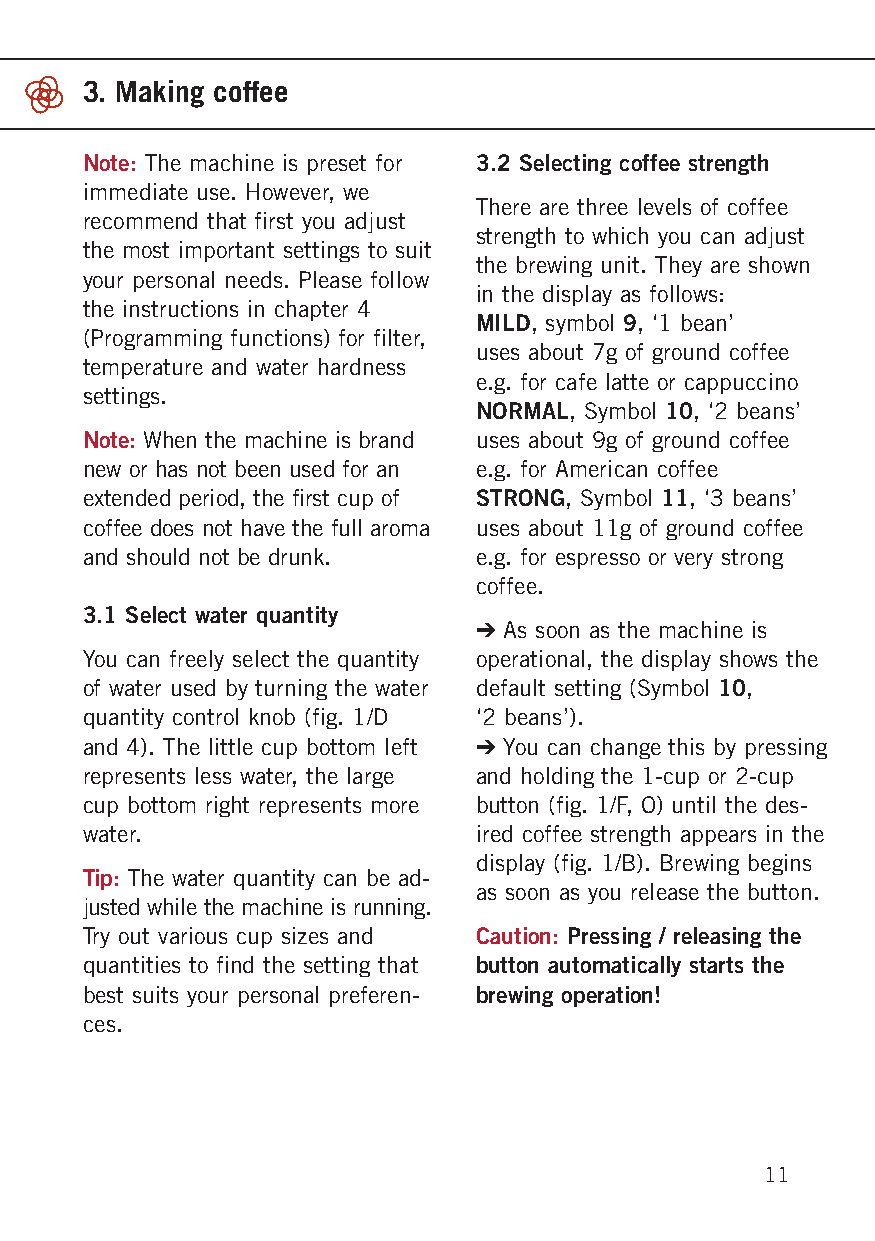
3. Making coffee
 Note: The machine is preset for 3.2 Selecting coffee strength
 immediate use. However, we
 There are three levels of coffee
 recommend that first you adjust
 strength to which you can adjust
 the most important settings to suit
 the brewing unit. They are shown
 your personal needs. Please follow
 in the display as follows:
 the instructions in chapter 4
 MILD, symbol 9, ‘1 bean’
 (Programming functions) for filter,
 uses about 7g of ground coffee
 temperature and water hardness
 e.g. for cafe latte or cappuccino
 settings.
 NORMAL, Symbol 10, ‘2 beans’
 Note: When the machine is brand uses about 9g of ground coffee
 new or has not been used for an e.g. for American coffee
 extended period, the first cup of STRONG, Symbol 11, ‘3 beans’
 coffee does not have the full aroma uses about 11g of ground coffee
 and should not be drunk.  e.g. for espresso or very strong
 coffee.
 3.1 Select water quantity
 ➔ As soon as the machine is
 You can freely select the quantity operational, the display shows the
 of water used by turning the water default setting (Symbol 10,
 quantity control knob (fig. 1/D ‘2 beans’).
 and 4). The little cup bottom left ➔ You can change this by pressing
 represents less water, the large and holding the 1-cup or 2-cup
 cup bottom right represents more button (fig. 1/F, O) until the des-
 water.                    ired coffee strength appears in the
 display (fig. 1/B). Brewing begins
 Tip: The water quantity can be ad -
 as soon as you release the button.
 justed while the machine is runni ng.
 Try out various cup sizes and Caution: Pressing / releasing the
 quantities to find the setting that button automatically starts the
 best suits your personal preferen- brewing operation!
 ces.
 11